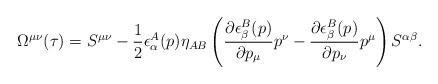
LaTeX: \begin{align*}\Omega^{\mu\nu}(\tau)=S^{\mu\nu}-\frac{1}{2}\epsilon^A_\alpha(p)\eta_{AB} \left(\frac{\partial\epsilon^B_\beta(p)}{\partial p_\mu}p^\nu-\frac{\partial\epsilon^B_\beta(p)}{\partial p_\nu}p^\mu\right)S^{\alpha\beta}. \end{align*}